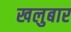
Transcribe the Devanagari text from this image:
खलुबार